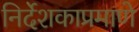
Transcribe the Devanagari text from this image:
निर्देशकाप्रमाणे